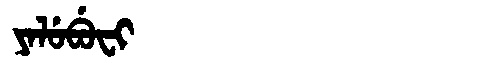
Manchu: ᠶᠠᠯᡠᠪᡠᠸᡳ
Romanization: YALUBUFI